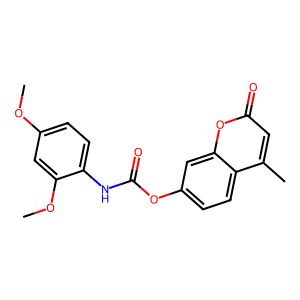
SMILES: COc1ccc(NC(=O)Oc2ccc3c(C)cc(=O)oc3c2)c(OC)c1
Inhibits HIV replication: No